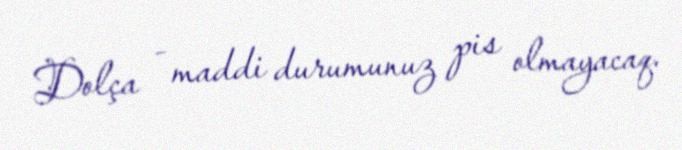
Dolça - maddi durumunuz pis olmayacaq.